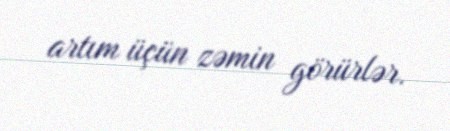
artım üçün zəmin görürlər.